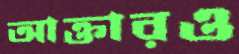
আক্তারও